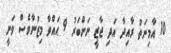
10 އާމިނަތު ރާއިދާ އަދި ޖާޒީ ނަންބަރު 9 ޙައްވާ މިޒުނާވެސް ވަނީ